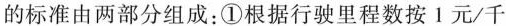
的标准由两部分组成：①根据行驶里程数按1元/千